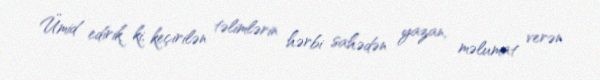
Ümid edirik ki, keçirilən təlimlərin hərbi sahədən yazan, məlumat verən